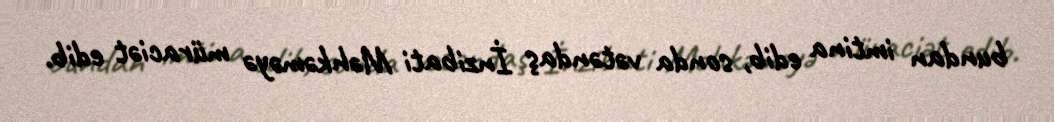
bundan imtina edib, sonda vətəndaş İnzibati Məhkəməyə müraciət edib.